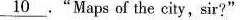
\underline{10 } ."Maps of the city, sir?"